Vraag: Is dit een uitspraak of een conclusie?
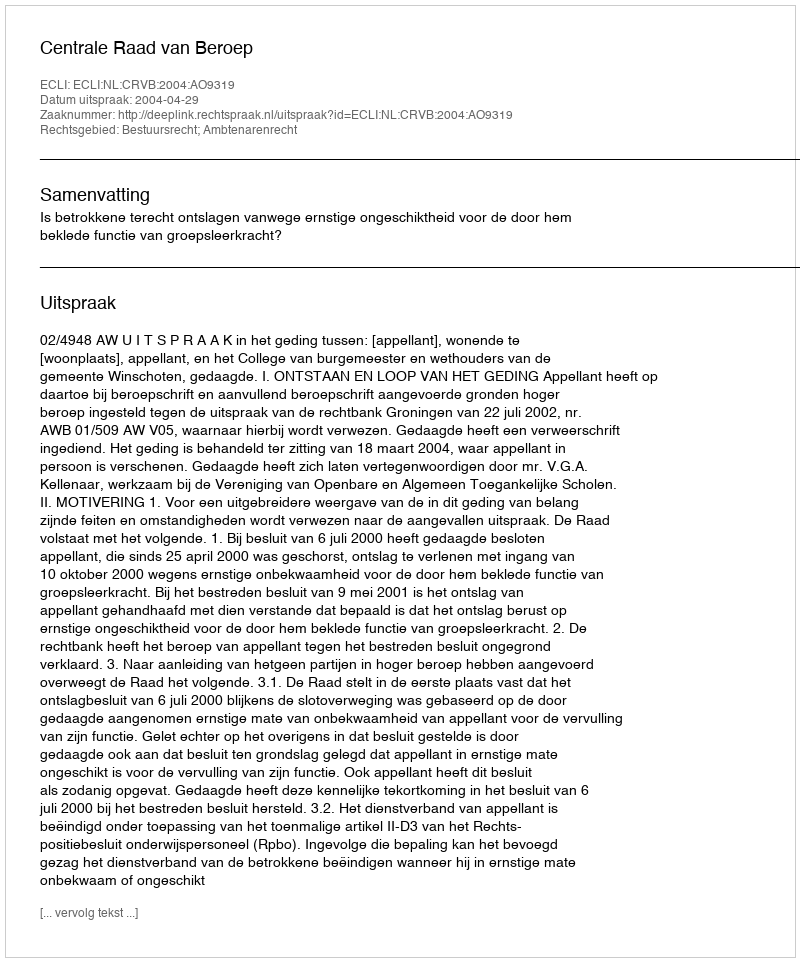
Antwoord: Uitspraak